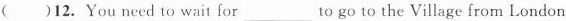
( )12. You need to wait for___to go to the Village from London